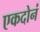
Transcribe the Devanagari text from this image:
एकदोनं